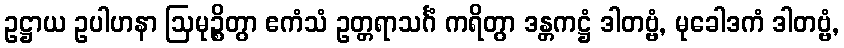
ဥဋ္ဌာယ ဥပါဟနာ ဩမုဉ္စိတွာ ဧကံသံ ဥတ္တရာသင်္ဂံ ကရိတွာ ဒန္တကဋ္ဌံ ဒါတဗ္ဗံ, မုခေါဒကံ ဒါတဗ္ဗံ,